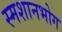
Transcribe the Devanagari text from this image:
स्मशानभोग